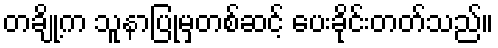
တချို့က သူနာပြုမှတစ်ဆင့် ပေးခိုင်းတတ်သည်။